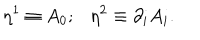
\eta ^ { 1 } \equiv A _ { 0 } ; \eta ^ { 2 } \equiv \partial _ { i } A _ { i } .